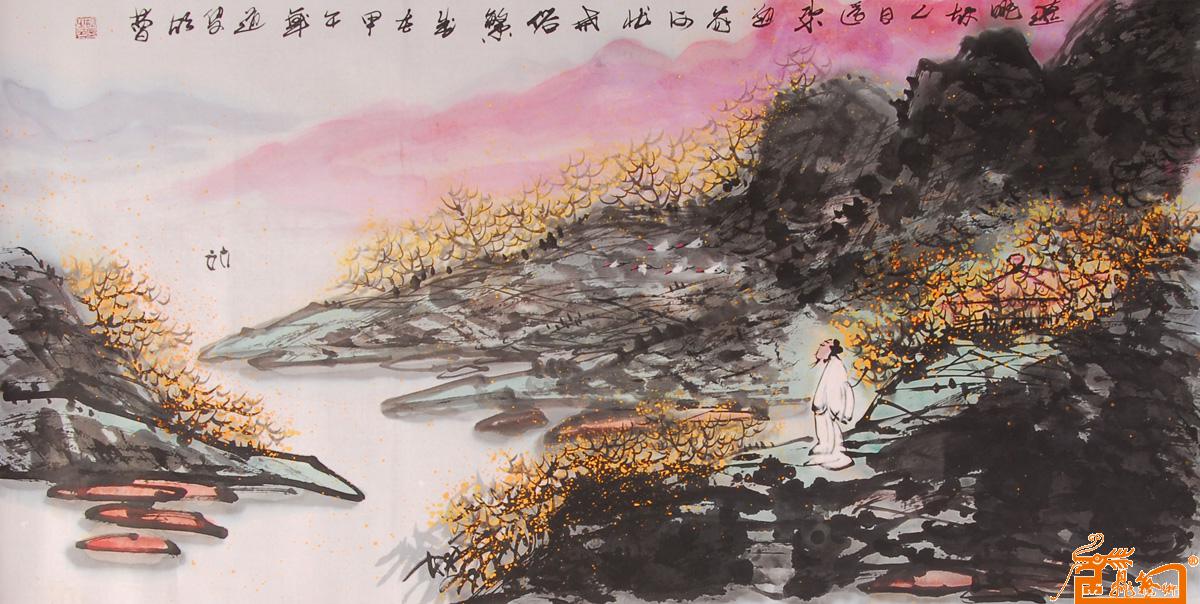
河西幕中多故人，故人别来三五春。